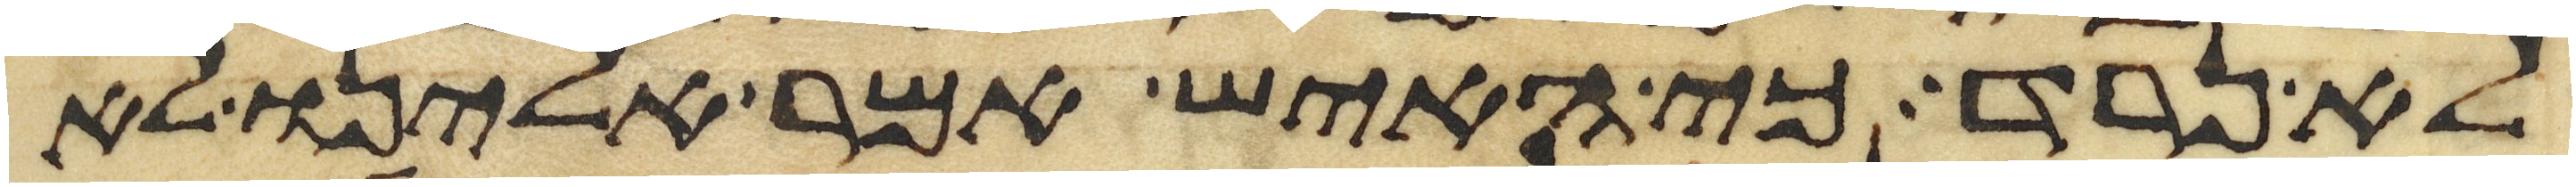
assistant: לא נרד כי האיש אמר אלינו לא